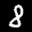
Label: 8